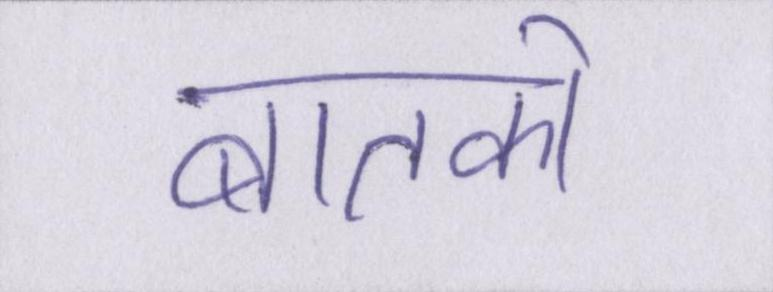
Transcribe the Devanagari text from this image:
बातको